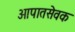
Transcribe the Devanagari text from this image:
आपातसेवक